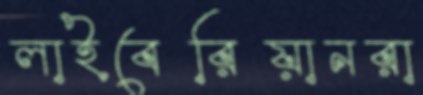
লাইবেরিয়ানরা